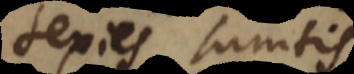
sexies sumtis.